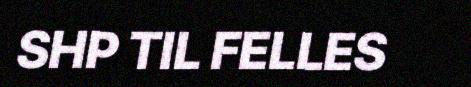
SHP TIL FELLES